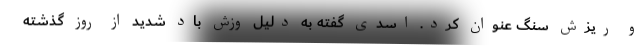
و ریزش سنگ عنوان کرد. اسدی گفته به دلیل وزش باد شدید از روز گذشته